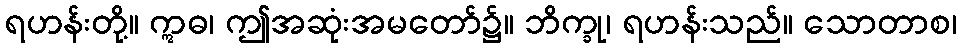
ရဟန်းတို့။ ဣဓ၊ ဤအဆုံးအမတော်၌။ ဘိက္ခု၊ ရဟန်းသည်။ သောတာစ၊